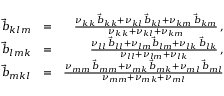
\begin{array} { r l r } { \vec { b } _ { k l m } } & { = } & { \frac { \nu _ { k k } \, \vec { b } _ { k k } + \nu _ { k l } \, \vec { b } _ { k l } + \nu _ { k m } \, \vec { b } _ { k m } } { \nu _ { k k } + \nu _ { k l } + \nu _ { k m } } \, , } \\ { \vec { b } _ { l m k } } & { = } & { \frac { \nu _ { l l } \, \vec { b } _ { l l } + \nu _ { l m } \vec { b } _ { l m } + \nu _ { l k } \, \vec { b } _ { l k } } { \nu _ { l l } + \nu _ { l m } + \nu _ { l k } } \, , } \\ { \vec { b } _ { m k l } } & { = } & { \frac { \nu _ { m m } \, \vec { b } _ { m m } + \nu _ { m k } \, \vec { b } _ { m k } + \nu _ { m l } \, \vec { b } _ { m l } } { \nu _ { m m } + \nu _ { m k } + \nu _ { m l } } } \end{array}